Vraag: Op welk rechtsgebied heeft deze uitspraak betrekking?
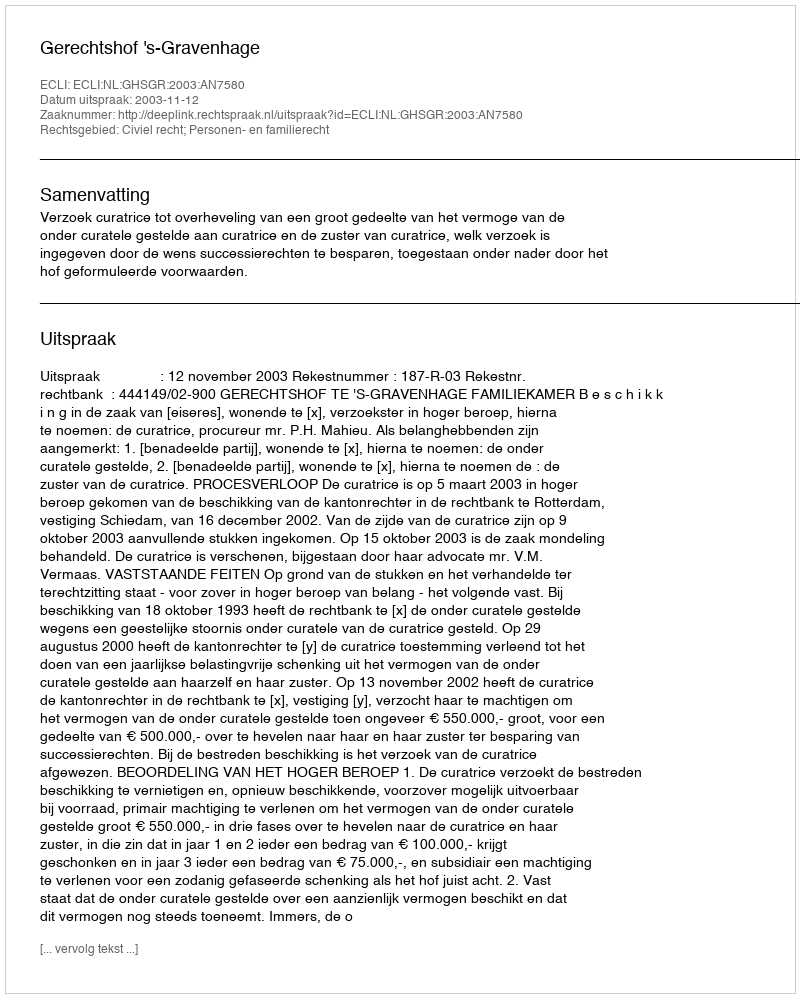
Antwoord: Civiel recht; Personen- en familierecht